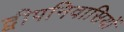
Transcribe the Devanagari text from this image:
द्वीपनिवासियों